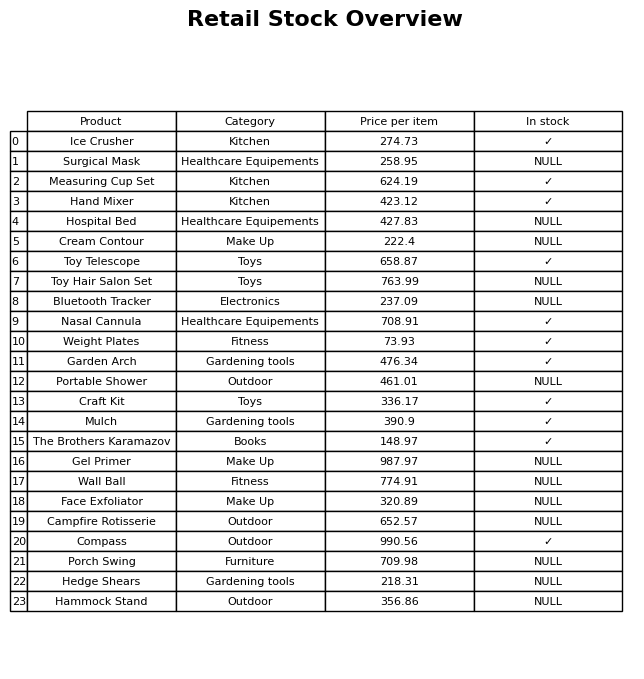
question: What is the price for Toy Telescope?
answer: The price of Toy Telescope is 658.87.